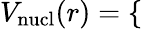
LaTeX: V_{\mathrm{nucl}}(r)=\left\lbrace\begin{array}{rlr}\end{array}\right.